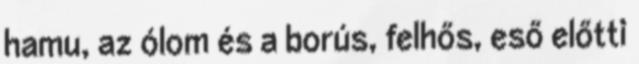
hamu, az ólom és a borús, felhős, eső előtti